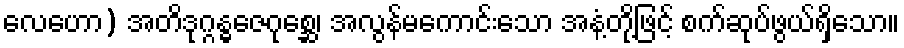
လေဟော) အတိဒုဂ္ဂန္ဓဇေဂုစ္ဆေ၊ အလွန်မကောင်းသော အနံ့တို့ဖြင့် စက်ဆုပ်ဖွယ်ရှိသော။